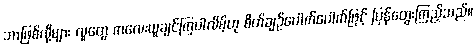
ဘာဖြစ်လို့များ လူတွေ ကလေးယူချင်ကြပါလိမ့်ဟု စိတ်ချဉ်ပေါက်ပေါက်ဖြင့် ပြန်တွေးကြည့်သည်။